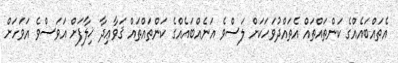
އެތައްބައެއްގެ ކަންތައްތައް އެތައްދުވަހަކަށް ލަސްވެ އަނެއްބައެއްގެ ކަންތައްތައް ޤަވާޢިދާ ޚިލާފަށް އަވަސްވެ އަވަހަށް